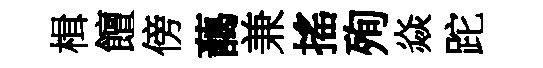
楫饘傍藹兼搖殉焱跎